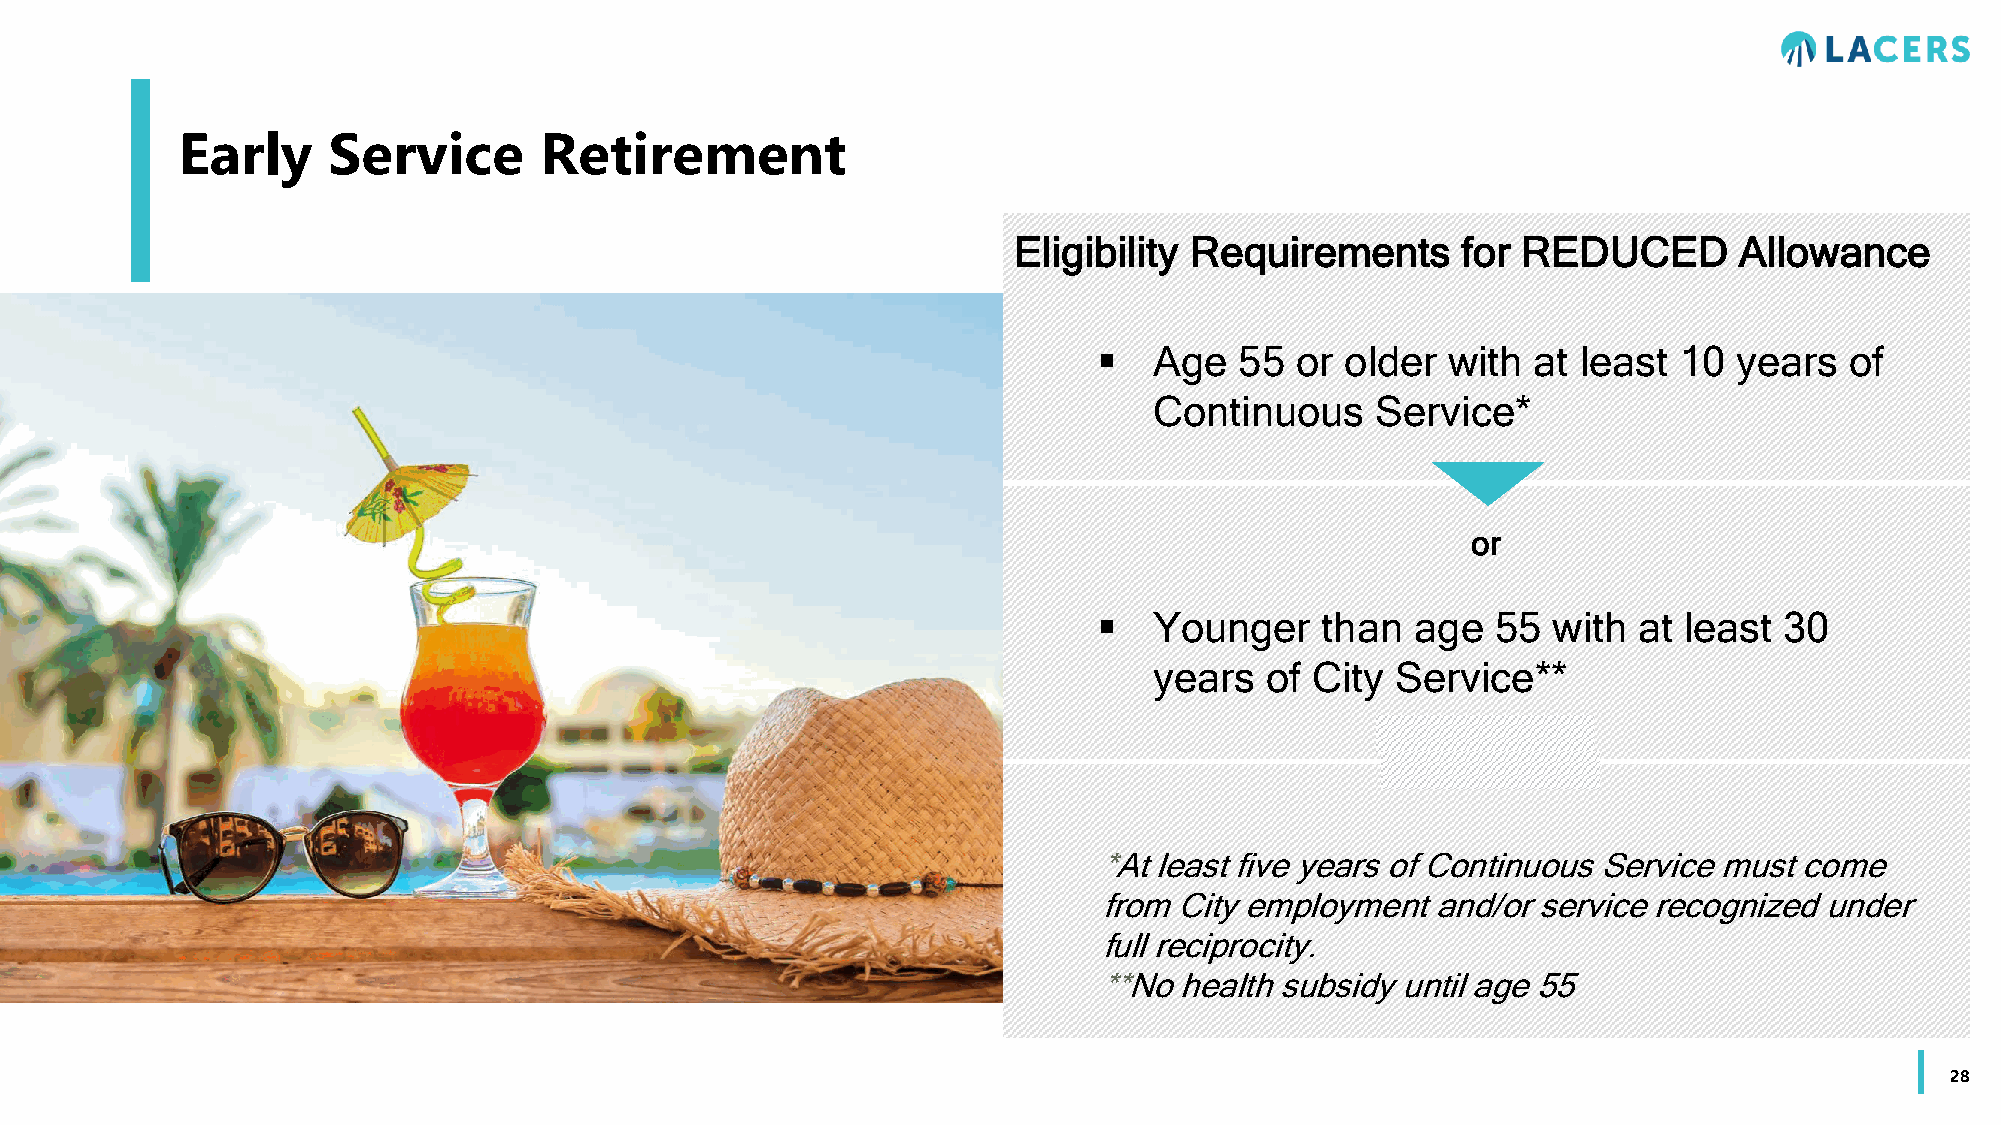
Early     Service       Retirement
 Eligibility Requirements      for REDUCED       Allowance
   Age   55  or older  with at  least 10  years  of
 Continuous     Service*
 or
   Younger    than   age  55  with at least  30
 years   of City Service**
 *At least five years of Continuous Service must come
 from City employment  and/or service recognized under
 full reciprocity.
 **No health subsidy until age 55
 28